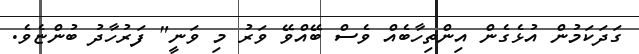
ގަދަކަމުން އުޅެގެން އިންތިހާބެއް ވެސް ބޭއްވޭ ވަރު މި ވަނީ" ފަރުހާދު ބުންޏެވެ.